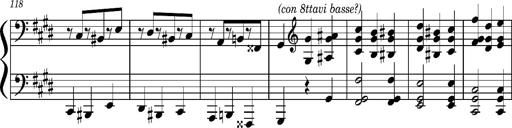
Title: Concerto sans orchestre, S.524a
Composer: Franz Liszt
Key: A major